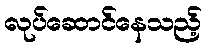
လုပ်ဆောင်နေသည့်